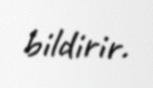
bildirir.